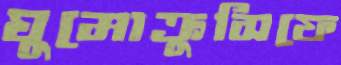
ঘুমোক্রুসিফে